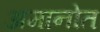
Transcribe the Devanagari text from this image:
अमानोत